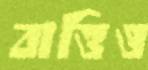
বাত্তিও